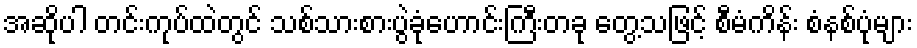
အဆိုပါ တင်းကုပ်ထဲတွင် သစ်သားစားပွဲခုံဟောင်းကြီးတခု တွေ့သဖြင့် စီမံကိန်း စံနစ်ပုံများ